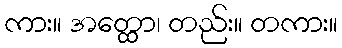
ကား။ အတ္ထော၊ တည်း။ တကား။